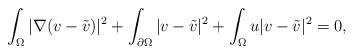
\begin{align*}\int_{\Omega}|\nabla(v-\tilde{v}) |^{2}+\int_{\partial\Omega}|v-\tilde{v}|^{2}+\int_{\Omega}u|v-\tilde{v}|^{2}=0,\end{align*}